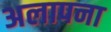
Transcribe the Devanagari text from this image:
अलापना